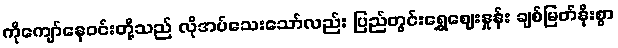
ကိုကျော်နေဝင်းတို့သည် လိုအပ်သေးသော်လည်း ပြည်တွင်းရွှေဈေးနှုန်း ချစ်မြတ်နိုးစွာ